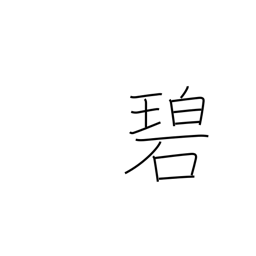
Meaning: green